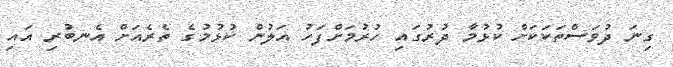
ގިނަ ދުވަސްތަކަކަށް ކުޅުމާ ދުރުގައި ހުރުމަށްފަހު އަލުން ކުޅުމުގެ ތެރެއަށް އެނބުރި އައި